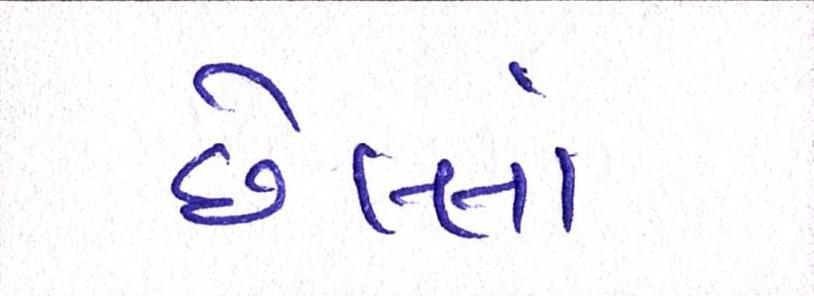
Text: છેલ્લાં